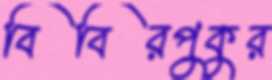
বিবিরপুকুর